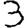
Digit: 3